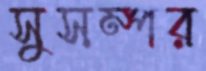
সুসম্পর